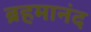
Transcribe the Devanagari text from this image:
ब्रहमानंद